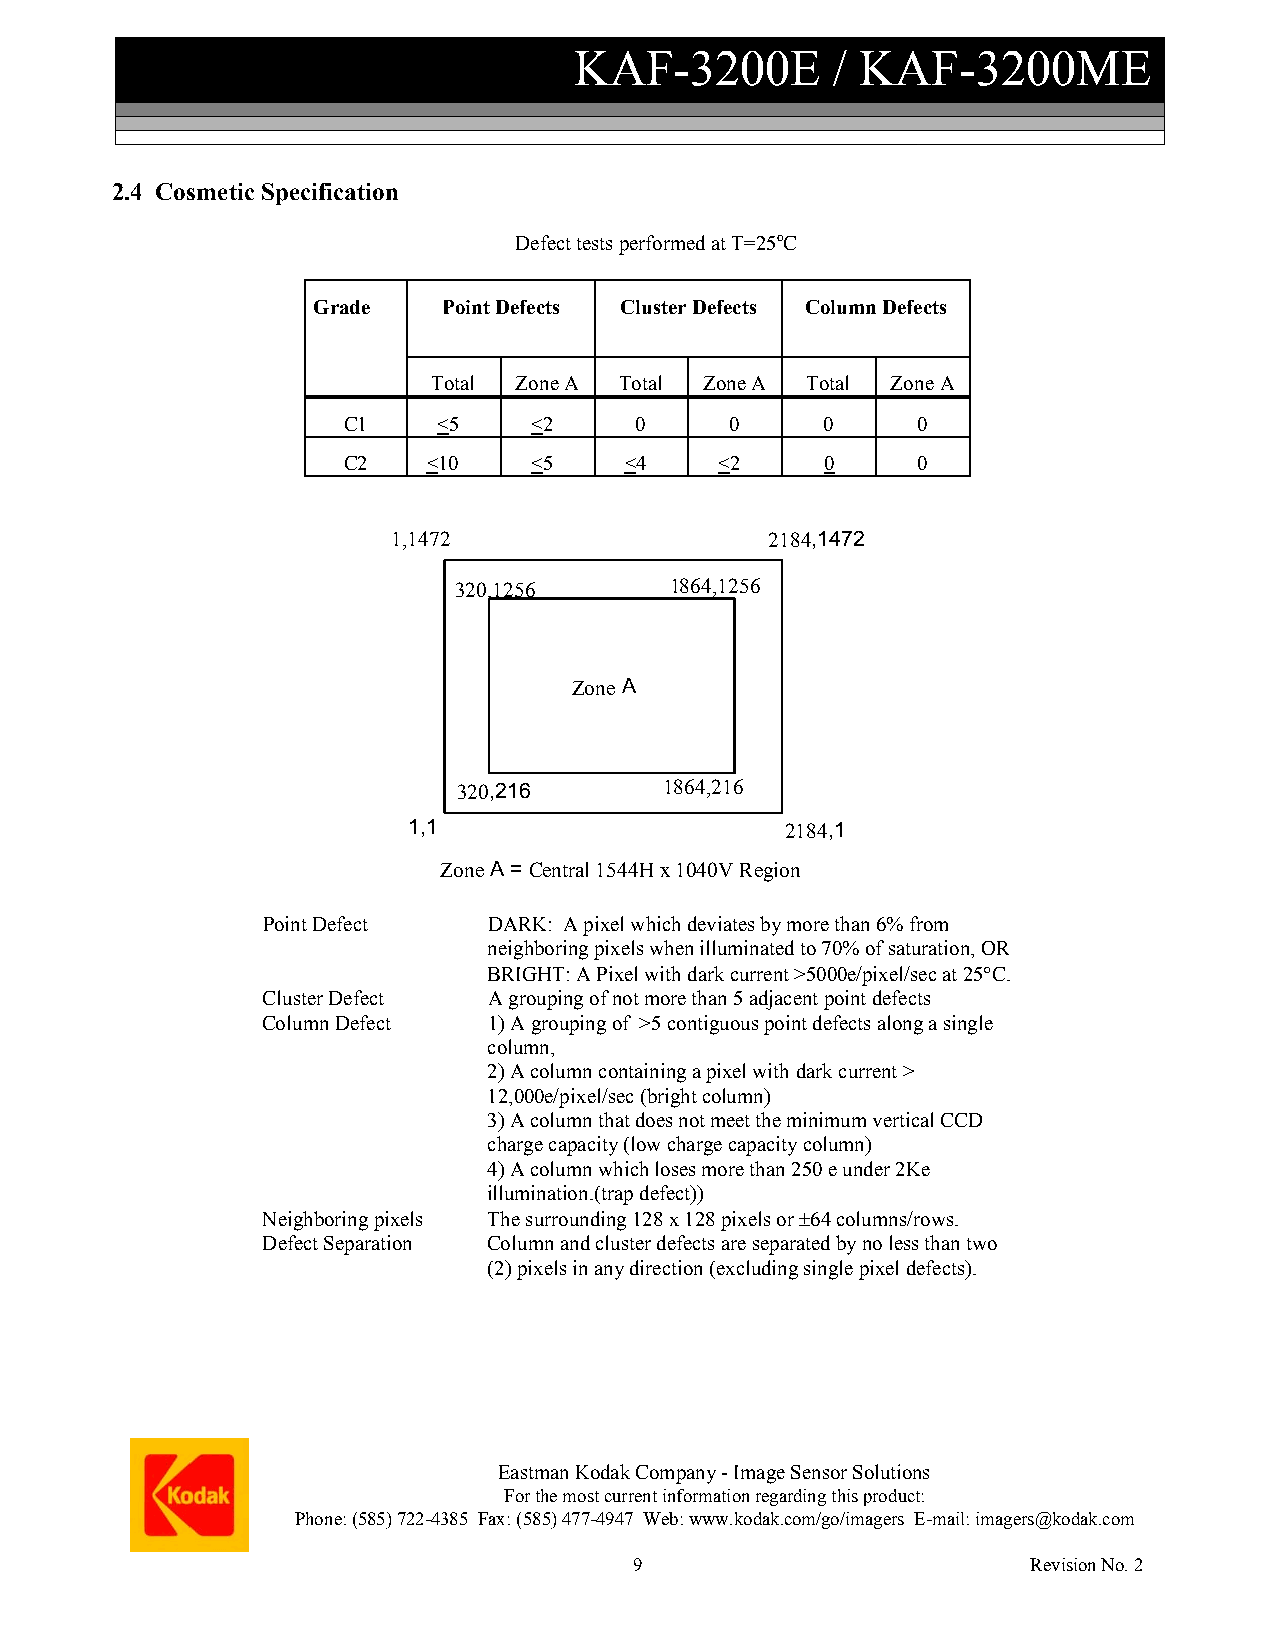
KAF-3200E        / KAF-3200ME
 2.4 Cosmetic Specification
 Defect tests performed at T=25oC
 Grade   Point Defects Cluster Defects Column Defects
 Total Zone A Total Zone A Total Zone A
 C1    <5    <2     0     0      0     0
 C2   <10    <5    <4     <2     0     0
 1,1472                   2184,1472
 320,1256      1864,1256
 Zone A
 320,216       1864,216
 1,1                      2184,1
 Zone A = Central 1544H x 1040V Region
 Point Defect   DARK: A pixel which deviates by more than 6% from
 neighboring pixels when illuminated to 70% of saturation, OR
 BRIGHT: A Pixel with dark current >5000e/pixel/sec at 25°C.
 Cluster Defect A grouping of not more than 5 adjacent point defects
 Column Defect  1) A grouping of >5 contiguous point defects along a single
 column,
 2) A column containing a pixel with dark current >
 12,000e/pixel/sec (bright column)
 3) A column that does not meet the minimum vertical CCD
 charge capacity (low charge capacity column)
 4) A column which loses more than 250 e under 2Ke
 illumination.(trap defect))
 Neighboring pixels The surrounding 128 x 128 pixels or ±64 columns/rows.
 Defect Separation Column and cluster defects are separated by no less than two
 (2) pixels in any direction (excluding single pixel defects).
 Eastman Kodak Company - Image Sensor Solutions
 For the most current information regarding this product:
 Phone: (585) 722-4385 Fax: (585) 477-4947 Web: www.kodak.com/go/imagers E-mail: imagers@kodak.com
 9                         Revision No. 2